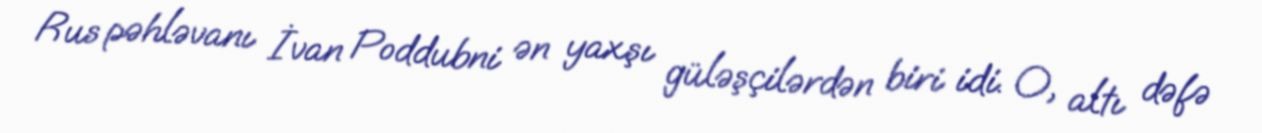
Rus pəhləvanı İvan Poddubni ən yaxşı güləşçilərdən biri idi. O, altı dəfə